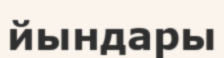
йындары